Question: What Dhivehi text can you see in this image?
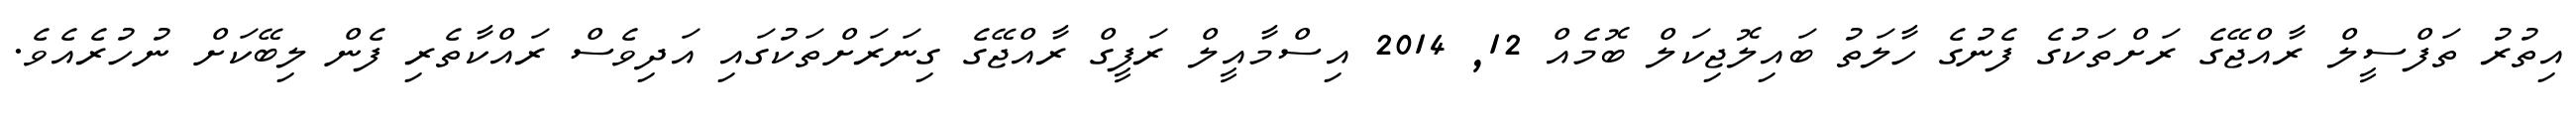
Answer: އިތުރު ތަފްސީލް ރާއްޖޭގެ ރަށްތަކުގެ ފެނުގެ ހާލަތު ބައިލޮޖިކަލް ބޮމެއް 12, 2014 އިސްމާއީލް ރަފީގް ރާއްޖޭގެ ގިނަރަށްތަކުގައި އަދިވެސް ރައްކާތެރި ފެން ލިބޭކަށް ނުހުރެއެވެ.